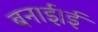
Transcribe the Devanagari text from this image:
बनाई।ई